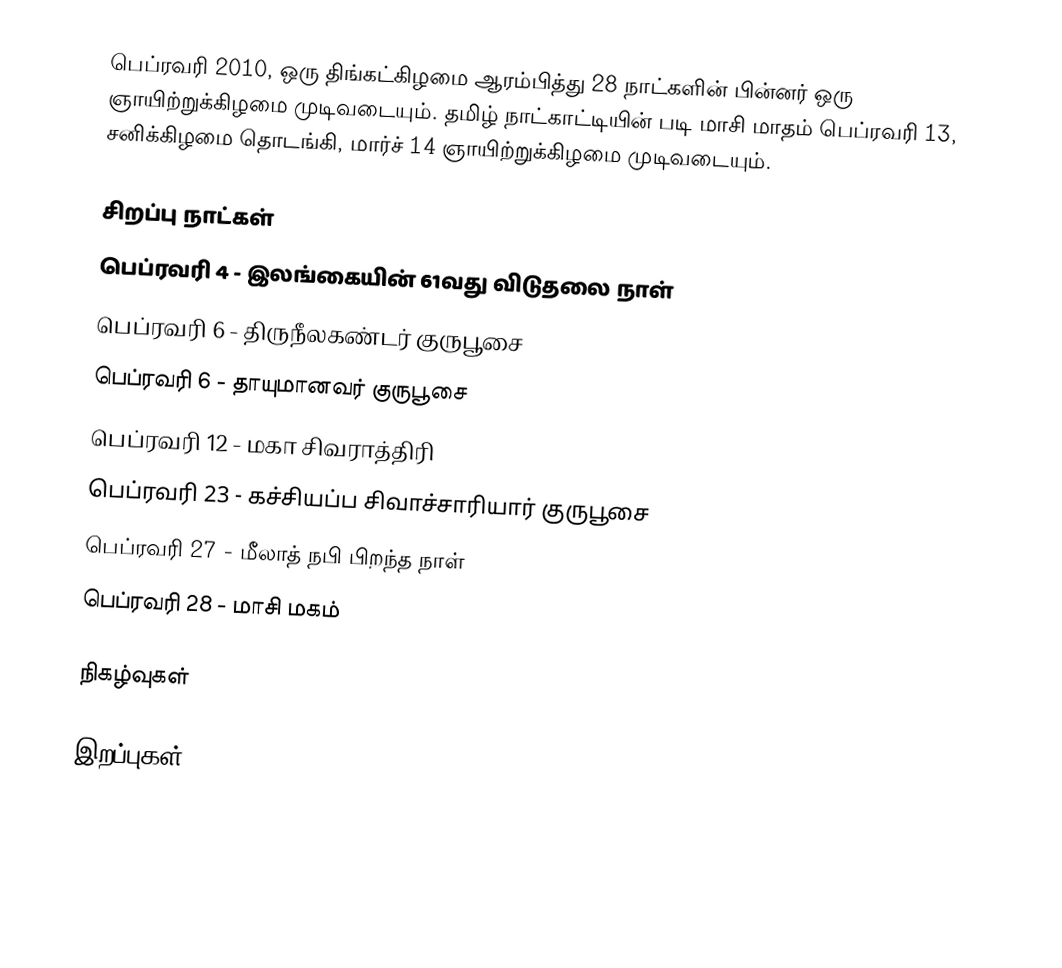
பெப்ரவரி 2010, ஒரு திங்கட்கிழமை ஆரம்பித்து 28 நாட்களின் பின்னர் ஒரு ஞாயிற்றுக்கிழமை முடிவடையும். தமிழ் நாட்காட்டியின் படி மாசி மாதம் பெப்ரவரி 13, சனிக்கிழமை தொடங்கி, மார்ச் 14 ஞாயிற்றுக்கிழமை முடிவடையும்.

சிறப்பு நாட்கள்
 பெப்ரவரி 4 - இலங்கையின் 61வது விடுதலை நாள்
 பெப்ரவரி 6 - திருநீலகண்டர் குருபூசை
 பெப்ரவரி 6 - தாயுமானவர் குருபூசை
 பெப்ரவரி 12 - மகா சிவராத்திரி
 பெப்ரவரி 23 - கச்சியப்ப சிவாச்சாரியார் குருபூசை
 பெப்ரவரி 27 - மீலாத் நபி பிறந்த நாள்
 பெப்ரவரி 28 - மாசி மகம்

நிகழ்வுகள்

இறப்புகள்

2010